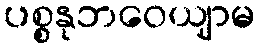
ပစ္စနုဘဝေယျာမ